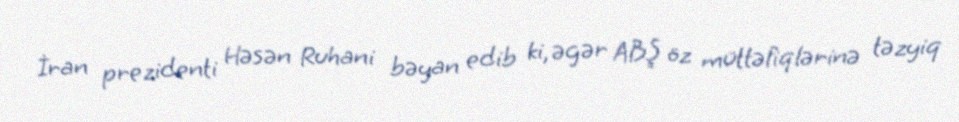
İran prezidenti Həsən Ruhani bəyan edib ki, əgər ABŞ öz müttəfiqlərinə təzyiq